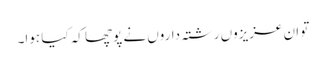
تو ان عزیزوں رشتہ داروں نے پوچھا کہ کیا ہوا۔